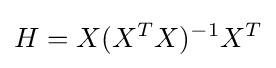
H=X(X^{T}X)^{-1}X^{T}